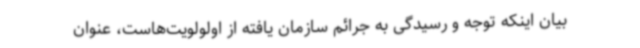
بیان اینکه توجه و رسیدگی به جرائم سازمان یافته از اولولویت‌هاست، عنوان